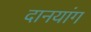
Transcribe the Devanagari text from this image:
दानयांग